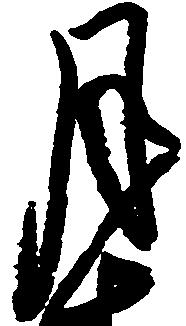
月